Civil Veterinary Department Bihar & Orissa reports 1911-21 - 1911-1921
Year: 1911
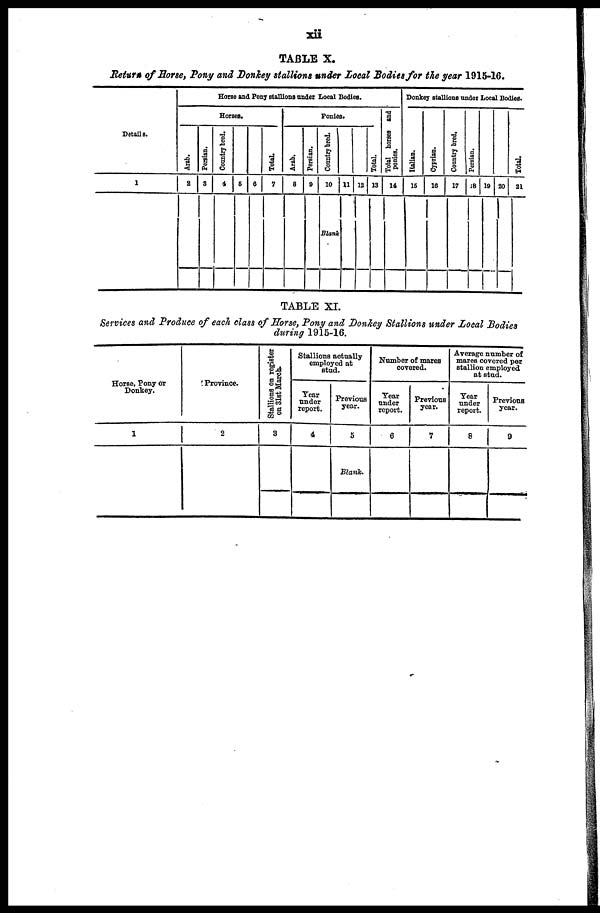
xii
TABLE X.
Return of Horse, Pony and Donkey stallions under Local Bodies for the year 1915-16.
Details.
1
Arab.
2
Persian.
3
Horse and Pony stallions under Local Bodies.
Horses.
Country bred.
4 6 6
Total.
1
Arab.
8
Persian.
9
Ponies.
Country bred.
10
Blank
11 12
Total.
13
Total horses and
ponies.
14
Donkey stallions under Local Bodies.
Italian.
15
Cyprian.
16
Country bred.
17
Persian.
J8 10 20
Total.
21
TABLE XI.
Services and Produce of each class of Horse, Pony and Donkey Stallions under Local Bodies
during 1915-16.
Horse, Pony or
Donkey.
1
Province.
2
Stallions on register
on 31st March.
3
Stallions actually
employed at
stud.
Tear
under
report.
4
Previous
year.
5
Blank.
Number of mares
covered.
Year
under
report.
6
Previous
year.
7
Average number of
mares covered per
stallion employed
at stud.
Year
under
report.
8
Previous
year.
9